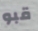
قبو